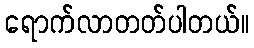
ရောက်လာတတ်ပါတယ်။